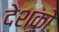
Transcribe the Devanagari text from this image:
देशको